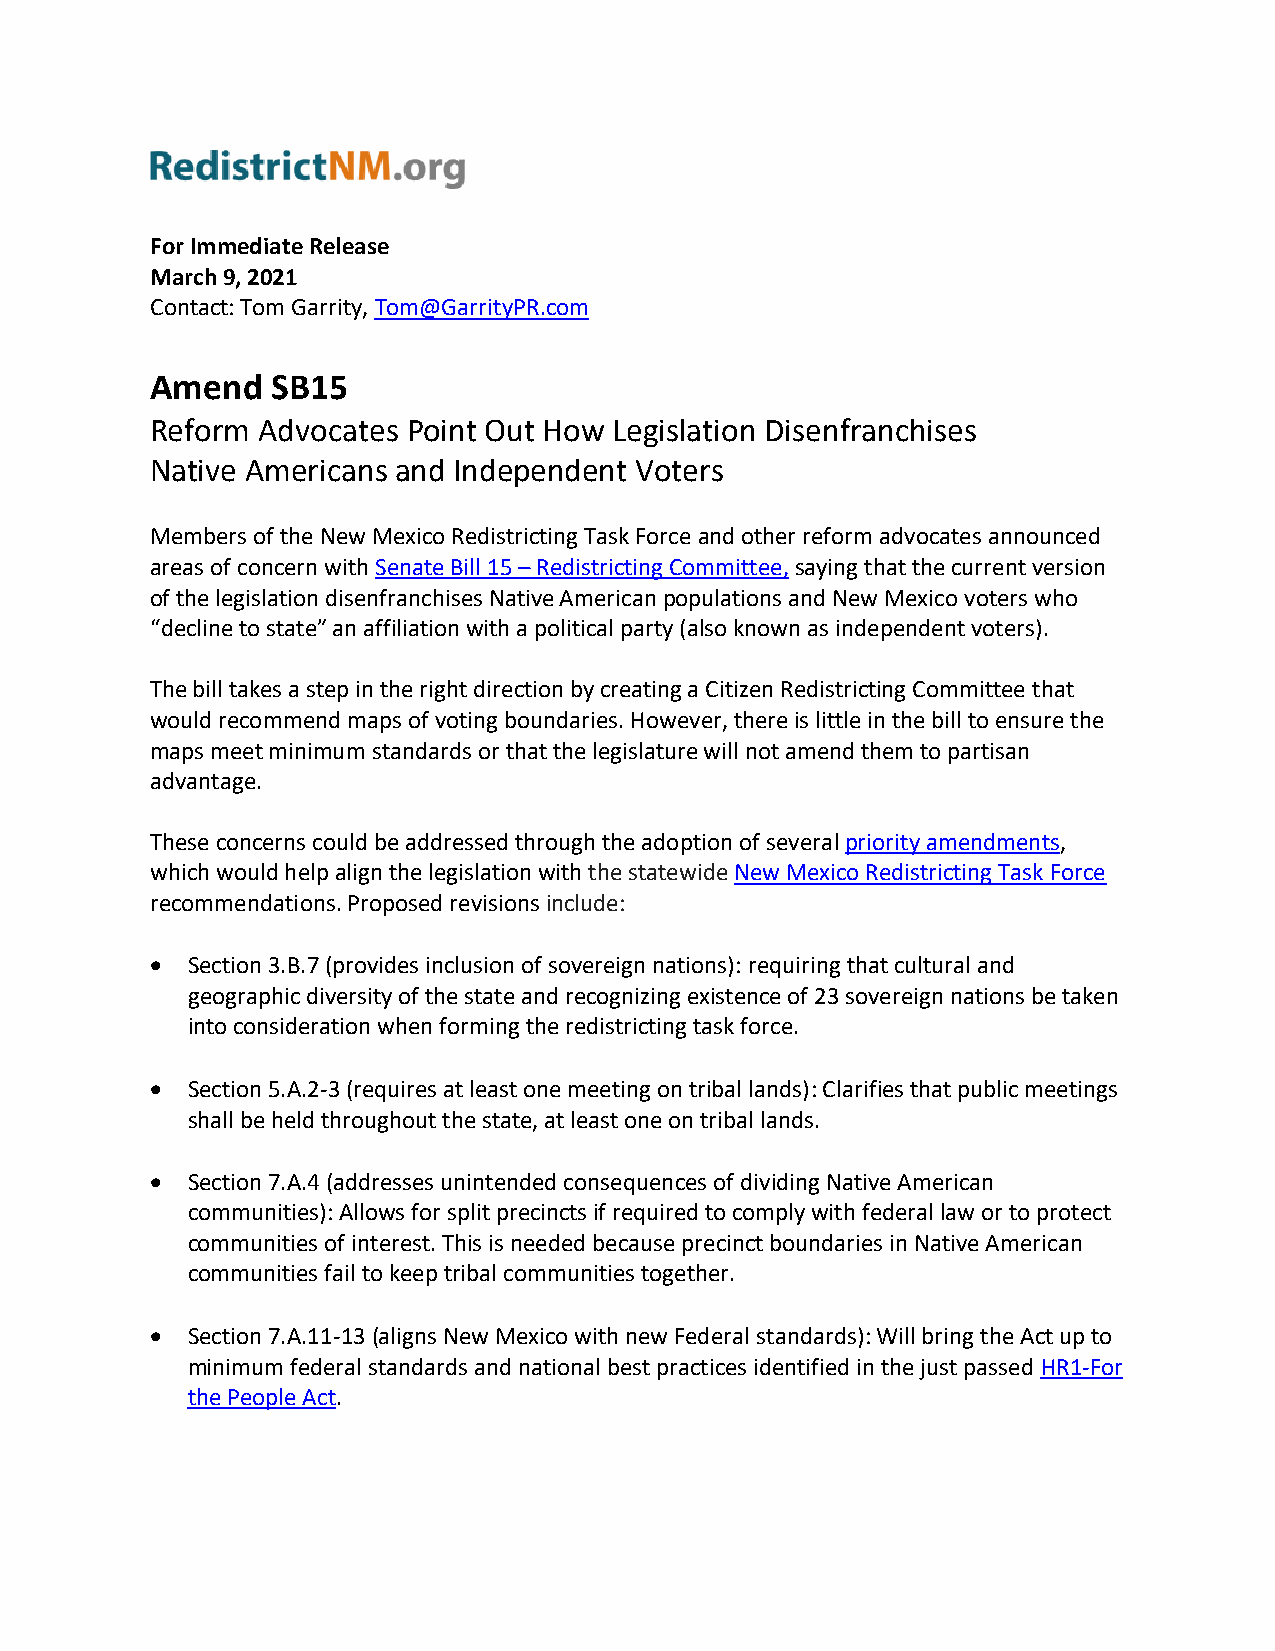
For Immediate Release
 March 9, 2021
 Contact: Tom Garrity, Tom@GarrityPR.com
 Amend   SB15
 Reform Advocates Point Out How Legislation Disenfranchises
 Native Americans and Independent Voters
 Members of the New Mexico Redistricting Task Force and other reform advocates announced
 areas of concern with Senate Bill 15 – Redistricting Committee, saying that the current version
 of the legislation disenfranchises Native American populations and New Mexico voters who
 “decline to state” an affiliation with a political party (also known as independent voters).
 The bill takes a step in the right direction by creating a Citizen Redistricting Committee that
 would recommend maps of voting boundaries. However, there is little in the bill to ensure the
 maps meet minimum standards or that the legislature will not amend them to partisan
 advantage.
 These concerns could be addressed through the adoption of several priority amendments,
 which would help align the legislation with the statewide New Mexico Redistricting Task Force
 recommendations. Proposed revisions include:
 • Section 3.B.7 (provides inclusion of sovereign nations): requiring that cultural and
 geographic diversity of the state and recognizing existence of 23 sovereign nations be taken
 into consideration when forming the redistricting task force.
 • Section 5.A.2-3 (requires at least one meeting on tribal lands): Clarifies that public meetings
 shall be held throughout the state, at least one on tribal lands.
 • Section 7.A.4 (addresses unintended consequences of dividing Native American
 communities): Allows for split precincts if required to comply with federal law or to protect
 communities of interest. This is needed because precinct boundaries in Native American
 communities fail to keep tribal communities together.
 • Section 7.A.11-13 (aligns New Mexico with new Federal standards): Will bring the Act up to
 minimum federal standards and national best practices identified in the just passed HR1-For
 the People Act.